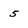
Character: 5